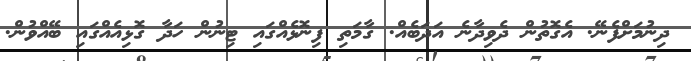
ދިނުމަށްފެނޭ. އެގޮތުން ދެވިދާނެ އަދަބެއް. ގާމަތި ފިނޮޅެއްގައި ޓިނުން ހަދާ ގޮޅިއެއްގައި ބޭއްވުން.